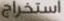
استخراج